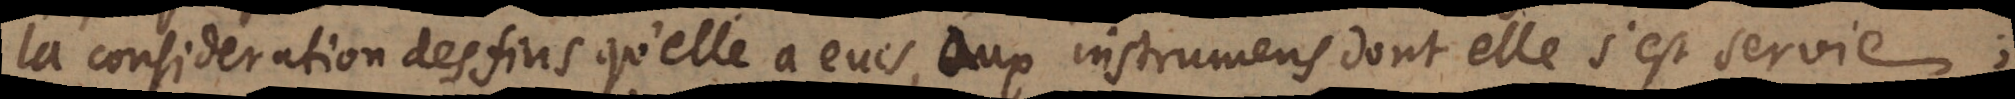
la consideration des fins qu’elle a eues, aux instrumens dont elle s’est servie;